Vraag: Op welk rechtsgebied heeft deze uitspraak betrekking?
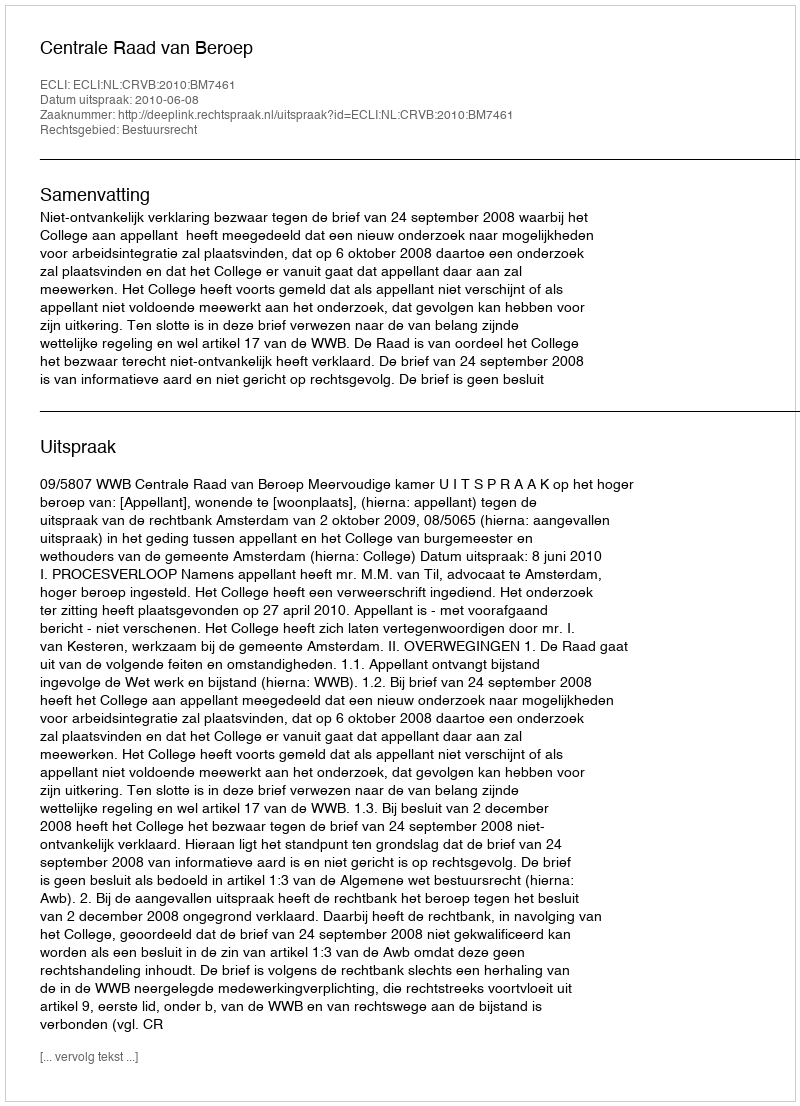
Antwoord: Bestuursrecht